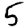
Digit: 5